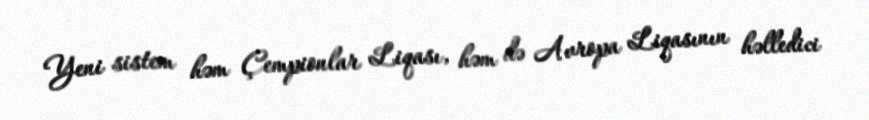
Yeni sistem həm Çempionlar Liqası, həm də Avropa Liqasının həlledici